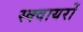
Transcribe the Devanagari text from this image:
स्क्वायरों